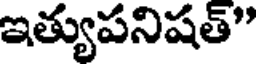
ఇత్యుపనిషత్"